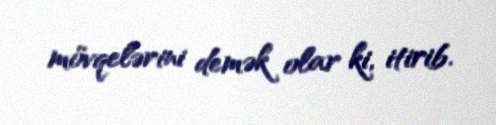
mövqelərini demək olar ki, itirib.